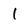
Character: 1